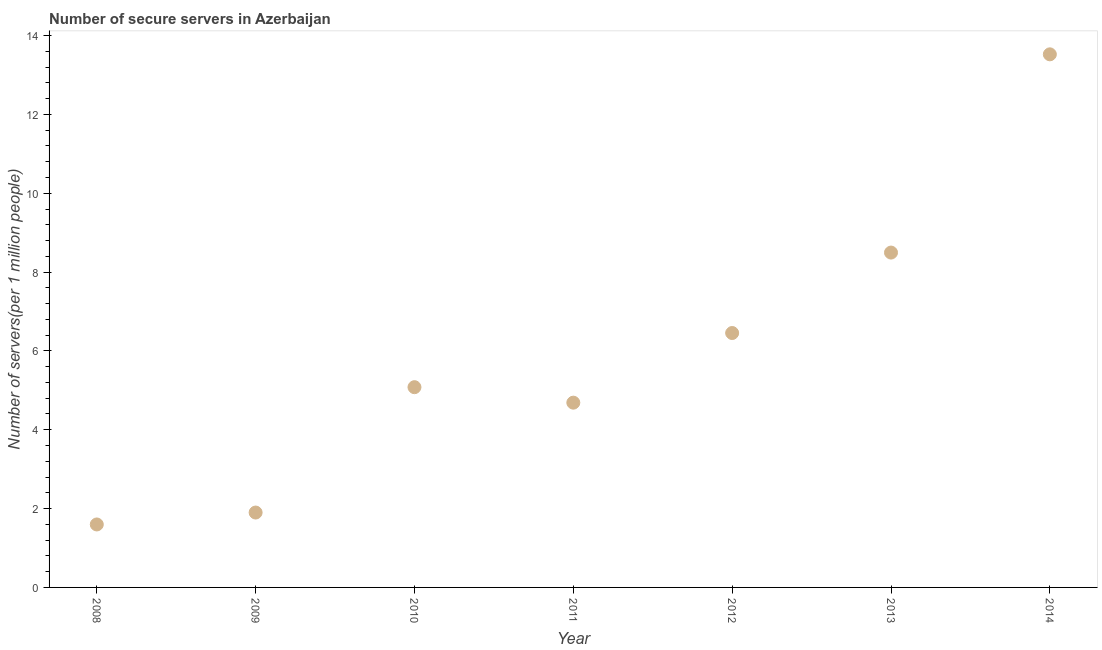
| Year | Secure Internet servers |
 | --- | --- |
 | 2008 | 1.6 |
 | 2009 | 1.9 |
 | 2010 | 5.08 |
 | 2011 | 4.69 |
 | 2012 | 6.45 |
 | 2013 | 8.5 |
 | 2014 | 13.5 |